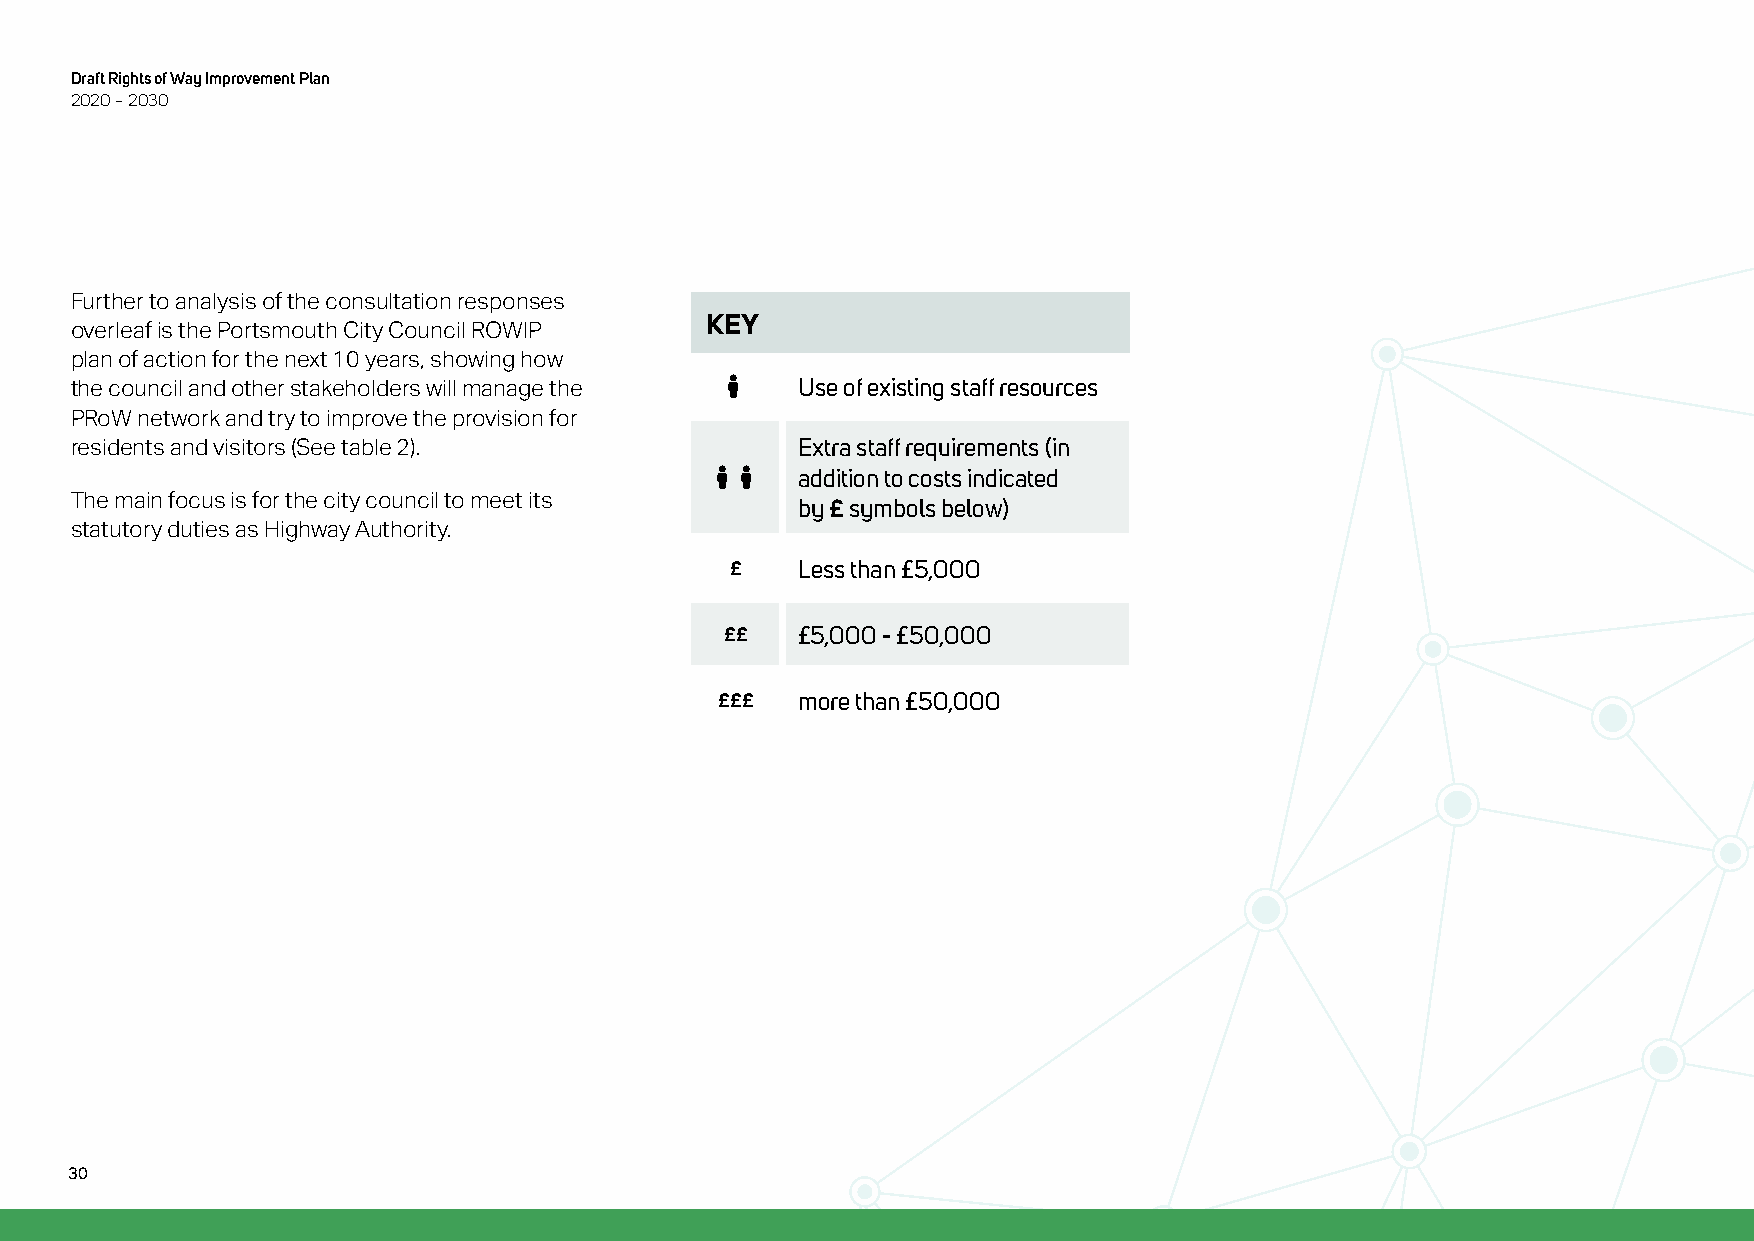
Draft Rights of Way Improvement Plan
 2020 – 2030
 Further to analysis of the consultation responses
 KEY
 overleaf is the Portsmouth City Council ROWIP
 plan of action for the next 10 years, showing how
 Street-view-primary Use of existing staff resources
 the council and other stakeholders will manage the
 PRoW network and try to improve the provision for
 Extra staff requirements (in
 residents and visitors (See table 2).
 Street-view-primaryStreet-view-primary addition to costs indicated
 The main focus is for the city council to meet its by symbols below)
 £
 statutory duties as Highway Authority.
 Less than £5,000
 £
 £5,000 - £50,000
 ££
 more than £50,000
 £££
 30